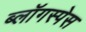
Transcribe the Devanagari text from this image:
ब्लॉगस्पेस